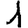
Digit: 1